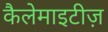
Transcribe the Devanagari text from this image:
कैलेमाइटीज़